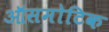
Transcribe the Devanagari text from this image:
ऑसमोटिक